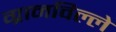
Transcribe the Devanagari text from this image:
ग्रानविल्ले